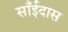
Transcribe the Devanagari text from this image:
साँईदास